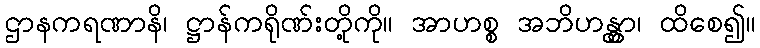
ဌာနကရဏာနိ၊ ဋ္ဌာန်ကရိုဏ်းတို့ကို။ အာဟစ္စ အဘိဟန္တွာ၊ ထိစေ၍။